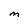
Character: M